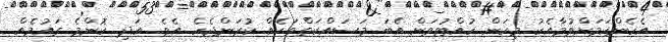
އެހެންކަމަށްވުމާއެކު މިކަން ހުއްޓުވަން އެބަ މަސައްކަތްތަކެއް ކުރަންޖެހެ އެވެ. އަދި ކޮންމެ ގައުމެއް